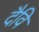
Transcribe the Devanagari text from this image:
दैवि